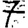
Digit: 7